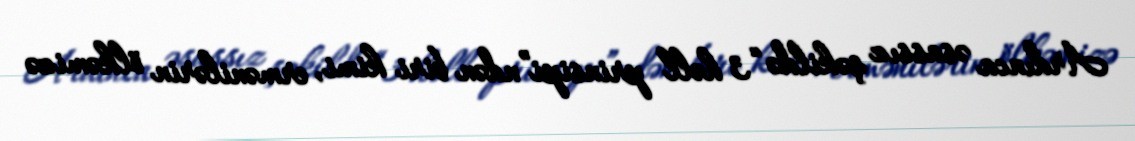
Ardınca əsassız şəkildə “3 həll prinsipi”ndən biri kimi, ermənilərin ölkəmizə